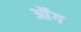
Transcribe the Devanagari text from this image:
ऑंग